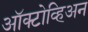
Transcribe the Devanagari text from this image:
ऑक्टोव्हिअन